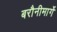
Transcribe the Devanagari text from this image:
बरौनीमार्गे